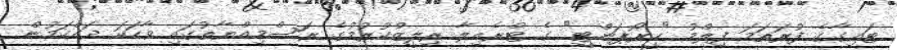
ޓައިގާގެ ފުރަތަމަ ފިލްމު "ހީރޯޕަންޓީ" ގެ ޓްރެއިލާ ރިލީޒްކުރުމުގެ ރަސްމިއްޔާތުގައި ވާހަކަ ދައްކަމުން